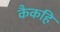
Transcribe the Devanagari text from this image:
कैकहि